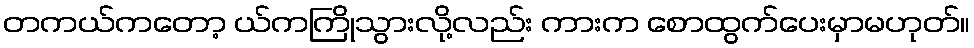
တကယ်ကတော့ ယ်ကကြိုသွားလို့လည်း ကားက စောထွက်ပေးမှာမဟုတ်။